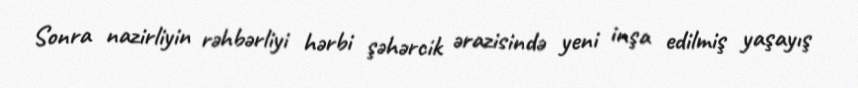
Sonra nazirliyin rəhbərliyi hərbi şəhərcik ərazisində yeni inşa edilmiş yaşayış